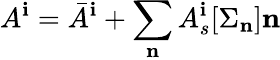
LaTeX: A^{\mathbf{i}}=\bar{{A}}^{\mathbf{i}}+\sum_{\mathbf{n}}A_{s}^{\mathbf{i}}[{\Sigma_{\mathbf{n}}}]{\mathbf{n}}